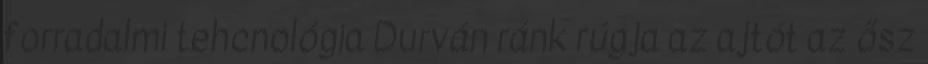
forradalmi tehcnológia Durván ránk rúgja az ajtót az ősz